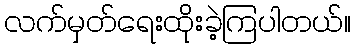
လက်မှတ်ရေးထိုးခဲ့ကြပါတယ်။